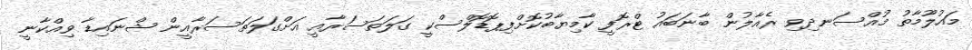
މައުލޫމާތު މުއްސަނދިވި ރެއާލުން ބާނަބައު ޓްރޮފީ ކާމިޔާބުކޮށްފިޕޮޑޮލްސްކީ ގަލަތަސަރާއީ އަށްގަލަތަސަރާއީން ޝްނައިޑާ ވިއްކާނީ